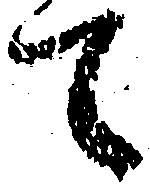
て